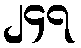
၂၄၇